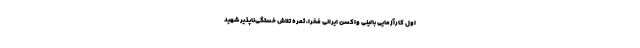
اول کارآزمایی بالینی واکسن ایرانی فخرا، ثمره تلاش خستگی‌ناپذیر شهید